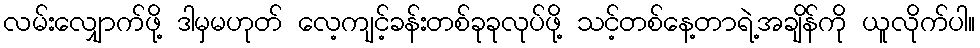
လမ်းလျှောက်ဖို့ ဒါမှမဟုတ် လေ့ကျင့်ခန်းတစ်ခုခုလုပ်ဖို့ သင့်တစ်နေ့တာရဲ့အချိန်ကို ယူလိုက်ပါ။